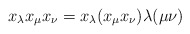
\begin{align*}x_{\lambda} x_{\mu}x_{\nu} = x_{\lambda} (x_{\mu}x_{\nu}) \lambda(\mu\nu)\end{align*}